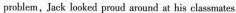
problem，Jack looked proud around at his classmates.